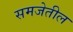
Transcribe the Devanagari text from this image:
समजेतील